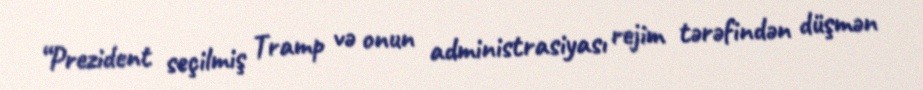
“Prezident seçilmiş Tramp və onun administrasiyası rejim tərəfindən düşmən